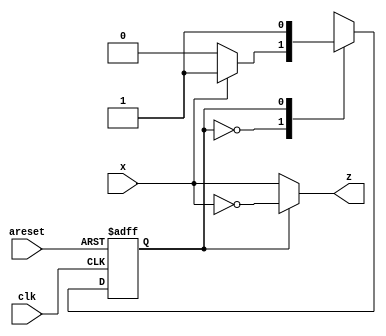
//2022_11_9 kerong
//Serial two's complementer
module top_module (
    input clk,
    input areset,
    input x,
    output z
); 
    reg  state, next_state;
    parameter   S0 = 1'b0;
    parameter   S1 = 1'b1;

    always @(posedge clk, posedge areset) begin
        if(areset)begin
            state <= S0;
        end    
        else begin
            state <= next_state;
        end
    end

    always @(*)begin
        case(state)
            S0 : next_state = x ? S1 : S0;
            S1 : next_state = S1;
            default : next_state = S0;
        endcase
    end
    
    assign  z = (state == S0) ?  x : ~x;  


endmodule